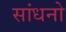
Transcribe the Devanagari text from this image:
सांधनो